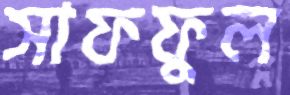
সাফফুল